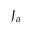
J _ { a }